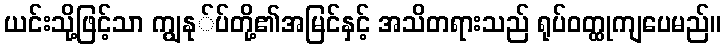
ယင်းသို့ဖြင့်သာ ကျွနု်ပ်တို့၏အမြင်နှင့် အသိတရားသည် ရုပ်ဝတ္ထုကျပေမည်။